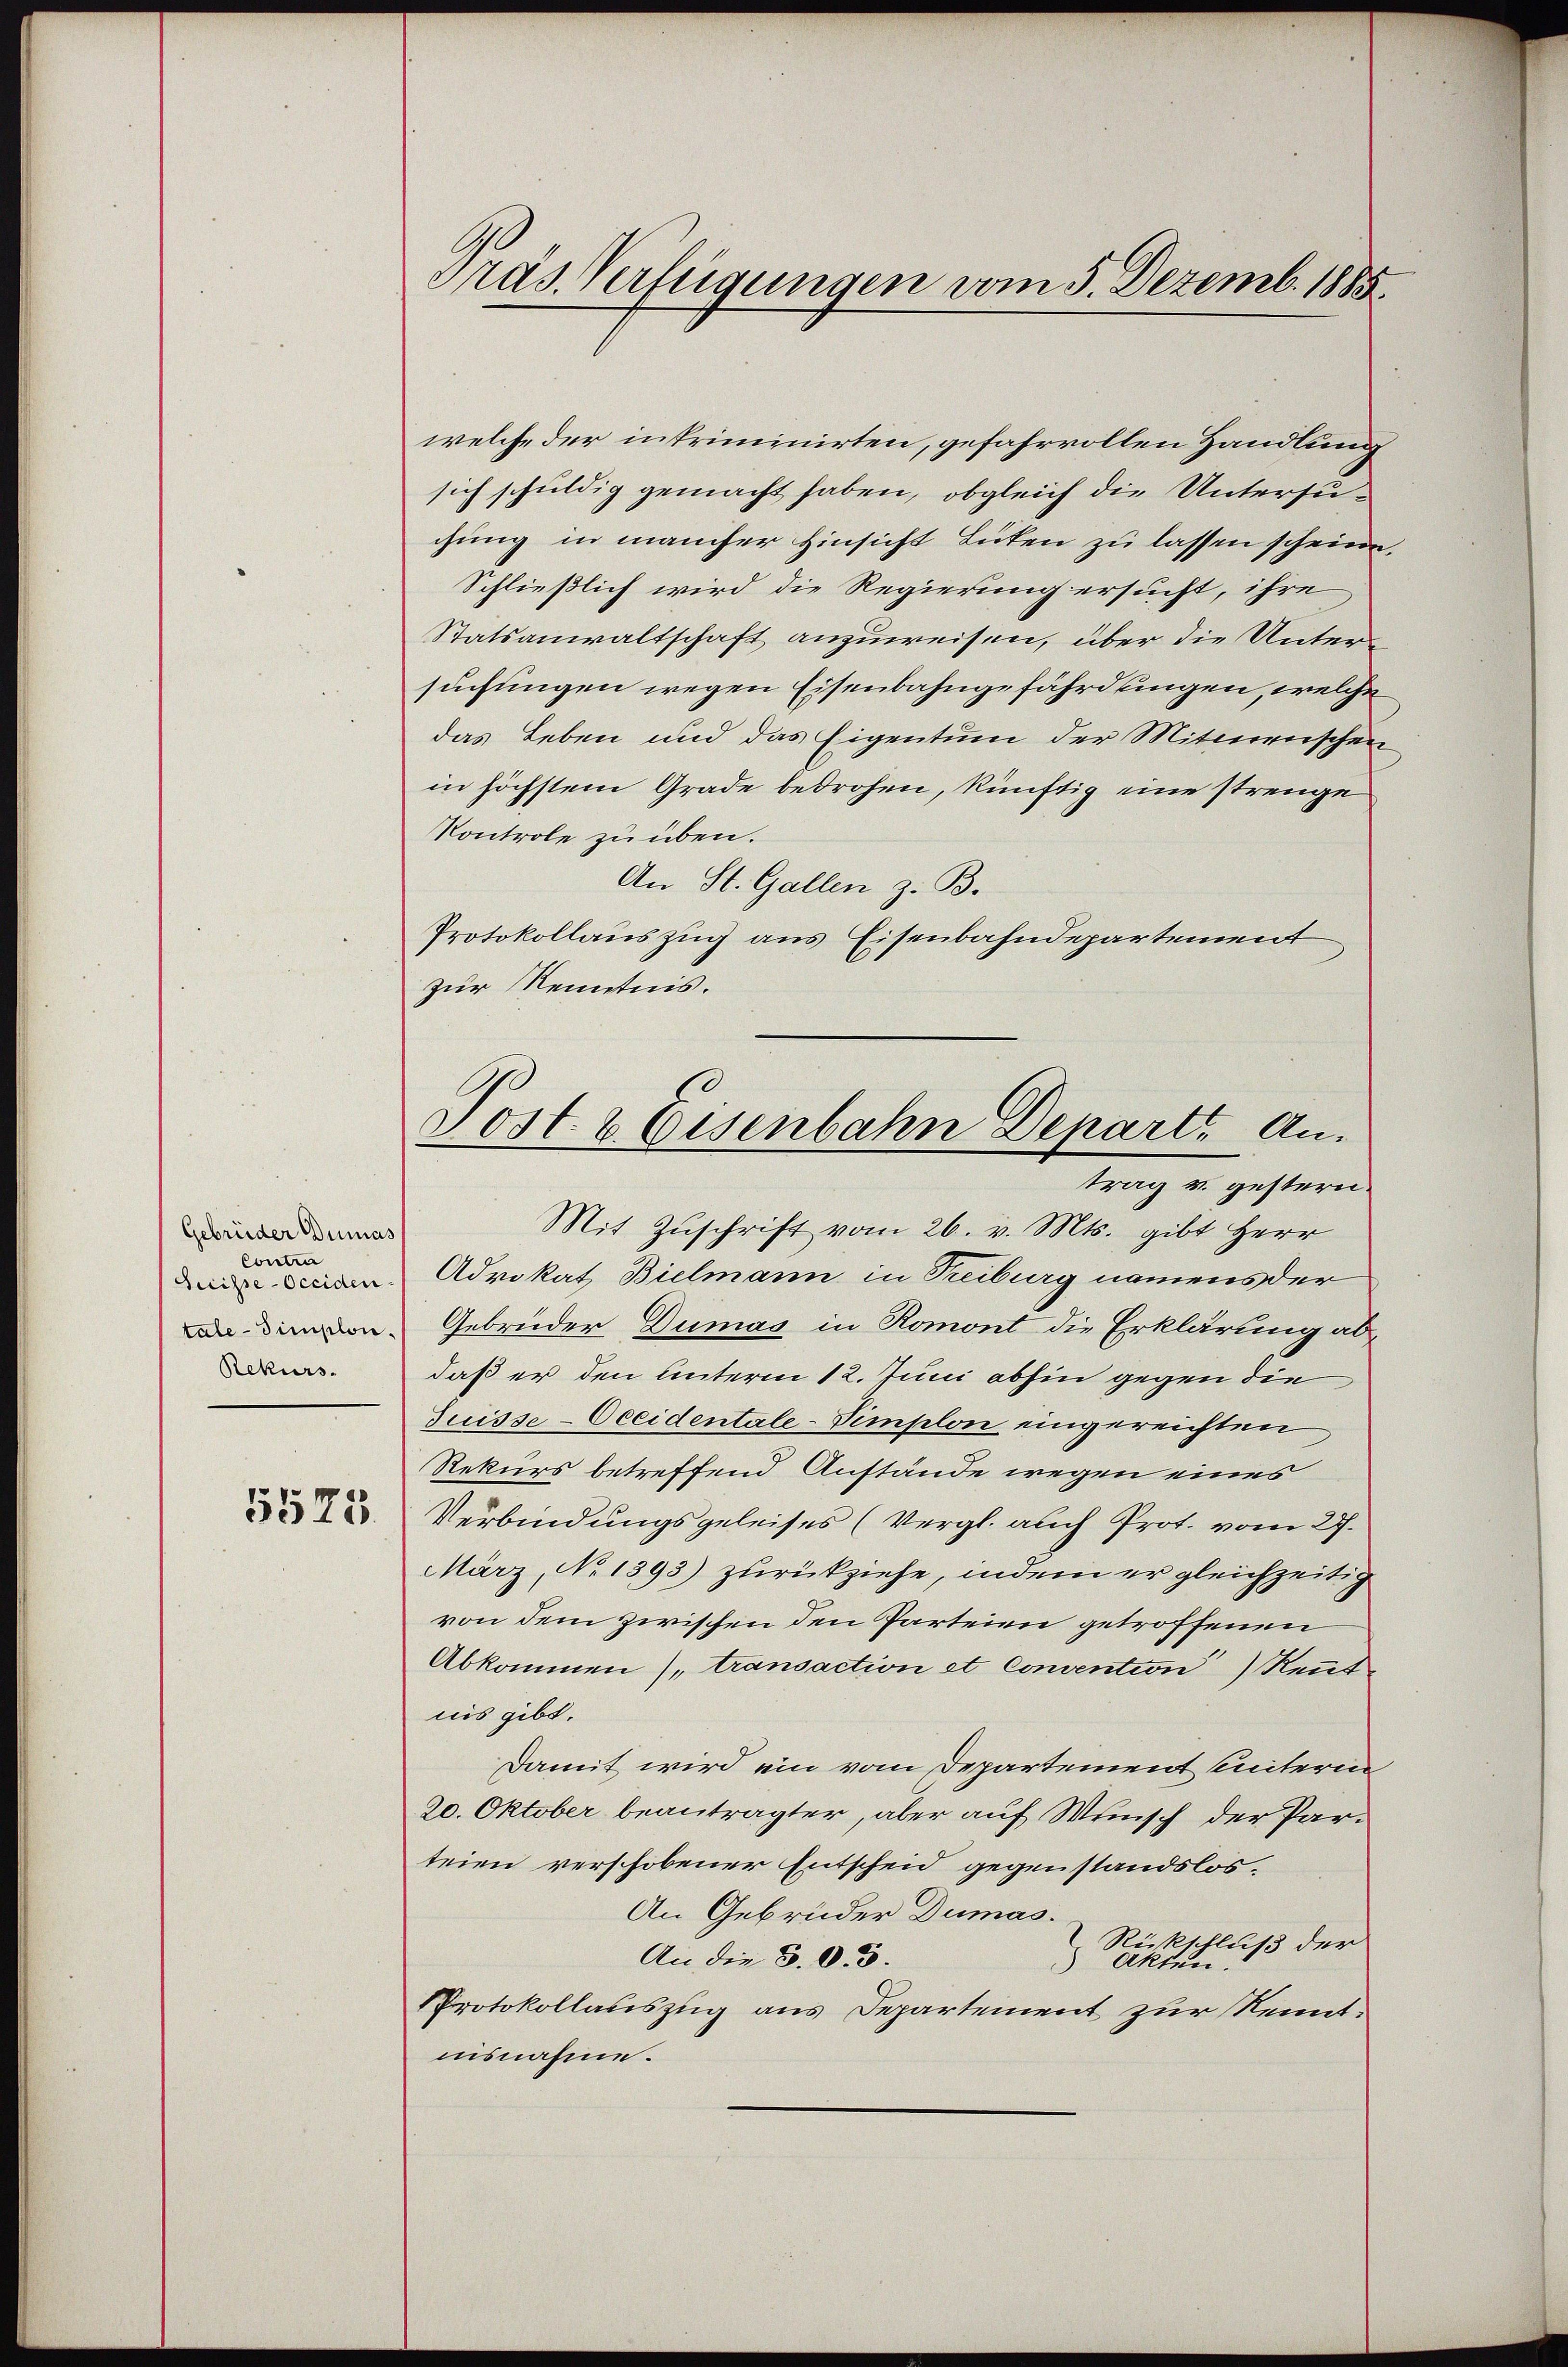
Gebrüder Dumas
Contra
Suisse-Occiden
Rekurs.

5573.

Präs. Verfügungen vom 5. Dezemb. 1885.

Post & Eisenbahn Depart. Antrag u. gestern.

welche der intriminirten, gefahrvollen Handlung
sich schuldig gemacht haben, obgleich die Untersugung in mancher Hinsicht Lüten zu lassen scheine.
Schließlich wird die Regierung ersucht, ihre
Statsanwaltschaft anzuweisen, über die Untersuchungen wegen Eisenbahngefährdungen, welche
das Leben und das Eigentum der Mitmenschein
in höchstem Grade bedrohen, künftig eine strenge
Kontrole zu üben.
An St. Gallen z. B.
Protokollauszug aus Eisenbahndepartement,
zur Kenntnis.
Mit Zŭschrift vom 26. v. Mts. gibt Herr
Advokat Bielmann in Treiburg namens der
Davon Gebrüder Dumas in Romont die Erklärung abdaß er den Unterm 12. Juni abhin gegen die
Suisse-Oceidentale-Vimplon eingereichten
Rekurs betreffend Anstände wegen eines
Verbindungsgeleises (Vergl. auch Prot. vom 27.
März, No 1393) zurückziehe, indem er gleichzeitig
von dem zwischen den Parteien getroffenen
Abkommen (transaction et Convention) Kennt
nis gibt.
Damit wird ein vom Departement unterie
20. Oktober beantragter, aber auf Wunsch der Parteien verschobener Entscheid gegenstandslos¬
An Gebrüder Dumas.
Rückschluß der
An die B. O. 5.
Akten.
Protokollauszug aus Departement zur Kenntnisnahme.